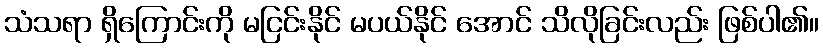
သံသရာ ရှိကြောင်းကို မငြင်းနိုင် မပယ်နိုင် အောင် သိလိုခြင်းလည်း ဖြစ်ပါ၏။